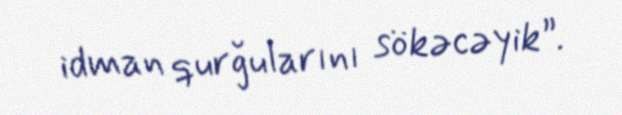
idman qurğularını sökəcəyik”.